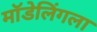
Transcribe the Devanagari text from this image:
मॉडेलिंगला